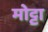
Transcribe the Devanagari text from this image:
मोट्टा